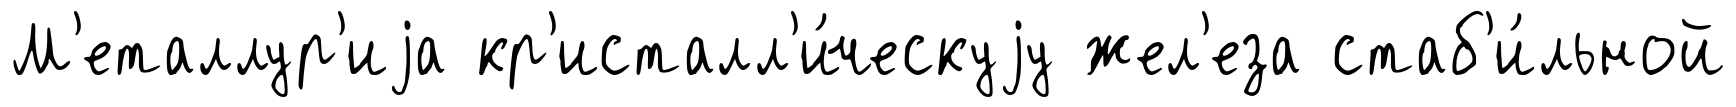
М'еталлур'иjа кр'исталл'и́ческуjу жел'еза стаб'и́льной